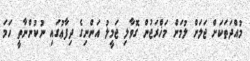
މުއްދަތަކަށް ޖަލަށް ލުމަށް މަޚްރަޖުން ގޮވާލި ޖަމީލު އަންނިގެ ދިފާޢުގައި ނުކުންނާތީ ހަމަ